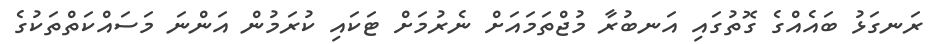
ރަނގަޅު ބައެއްގެ ގޮތުގައި އަނބުރާ މުޖްތަމައަށް ނެރުމަށް ޓަކައި ކުރަމުން އަންނަ މަސައްކަތްތަކުގެ